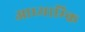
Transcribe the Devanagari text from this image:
आध्याम्कि